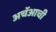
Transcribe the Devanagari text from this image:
अचॅआची